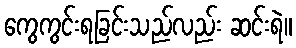
ကွေကွင်းရခြင်းသည်လည်း ဆင်းရဲ။